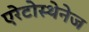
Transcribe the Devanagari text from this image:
एरेटोस्थेनेज